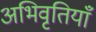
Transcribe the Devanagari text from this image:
अभिवृतियाँ